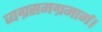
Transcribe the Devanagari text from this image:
व्यग्रसमग्रमार्ग।